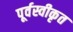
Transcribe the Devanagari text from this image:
पूर्वस्वीकृत